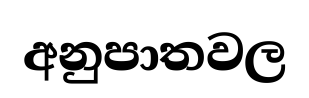
අනුපාතවල